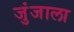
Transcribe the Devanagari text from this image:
जुंजाला